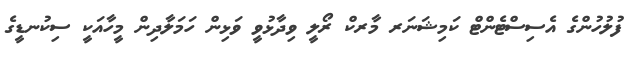
ފުލުހުންގެ އެސިސްޓެންޓް ކަމިޝަނަރ މާރކް ރޯލީ ވިދާޅުވީ ވަޅިން ހަމަލާދިން މީހާއަކީ ސިކުނޑީގެ